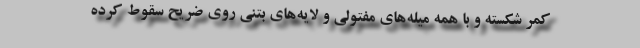
کمر شکسته و با همه میله‌های مفتولی و لایه‌های بتنی روی ضریح سقوط کرده